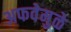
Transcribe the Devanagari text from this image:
अफवेमुळे